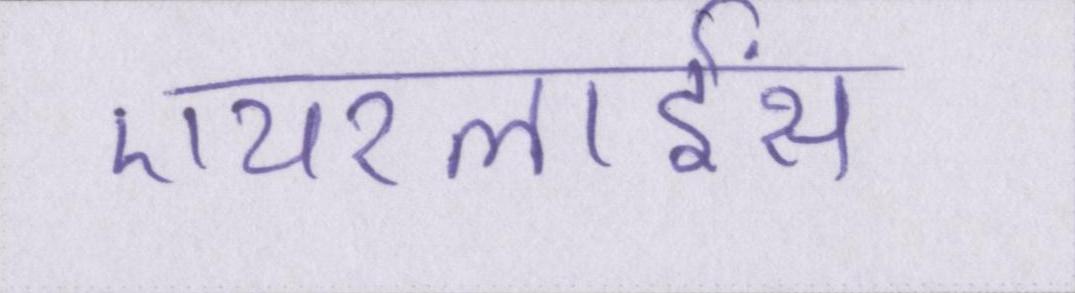
एयरलाईंस